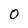
Character: 0